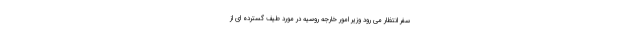
سفر انتظار می رود وزیر امور خارجه روسیه در مورد طیف گسترده ای از